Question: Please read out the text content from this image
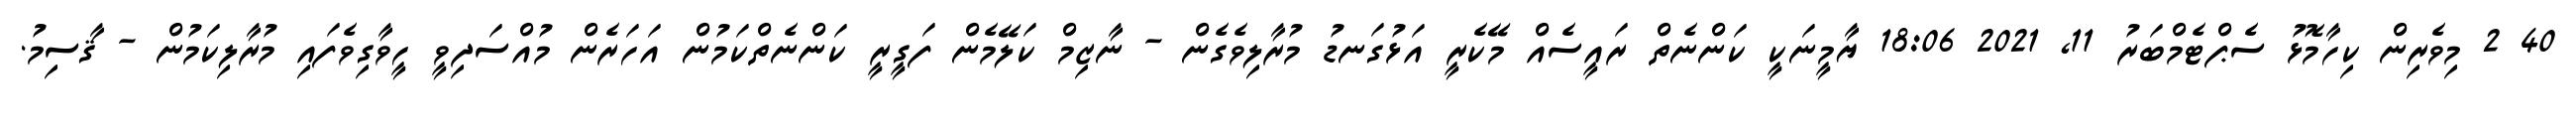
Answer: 40 2 މިވެރިން ކިހާމޮޅު ސެޕްޓެމްބަރު 11, 2021 18:06 ޔާމީނަކީ ކަންނެތް ރައީސެއް މޭކެރީ އަޅުގަނޑު މުރާލިވެގެން - ނާޒިމް ކަލޭމެން ފަގީރީ ކަންނެތްކަމުން އަހަރެން މުއްސަދިވީ ހީވާގިވެފައި މުރާލިކަމުން - ޤާސިމު.